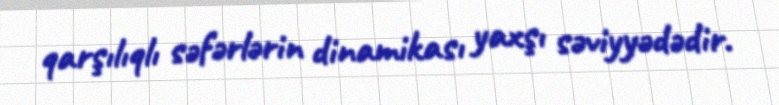
qarşılıqlı səfərlərin dinamikası yaxşı səviyyədədir.